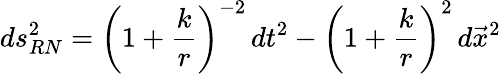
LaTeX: ds_{RN}^{2}=\left(1+\frac{k}{r}\right)^{-2}\, dt^{2}-\left(1+\frac{k}{r}\right)^{2}\, d{\vec{x}}^{2}